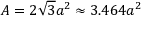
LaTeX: A = 2 { \sqrt { 3 } } a ^ { 2 } \approx 3 . 4 6 4 a ^ { 2 }